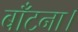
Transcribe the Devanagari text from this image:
बाँटना।